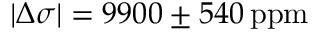
| \Delta \sigma | = 9 9 0 0 \pm 5 4 0 \mathrm { \, p p m }